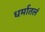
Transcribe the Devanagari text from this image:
धर्मातलं